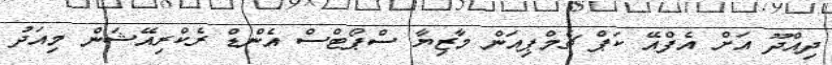
ދިއްދޫ އަށް އެފްއޭ ކަޕް ޗެމްޕިއަން މާޒިޔާ ސްޕޯޓްސް އެންޑް ރެކްރިއޭޝަން މިއަދު